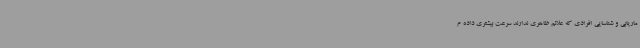
ماریابی و شناسایی افرادی که علائم ظاهری ندارند سرعت بیشتری داده م